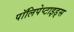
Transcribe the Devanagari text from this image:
पॉलिपेप्टाइड्स